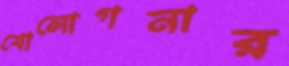
বোলোগনার